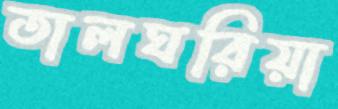
তালঘরিয়া